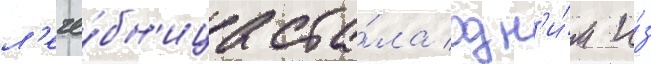
л'ече́бн'ица ста́ла одн'и́м и́з